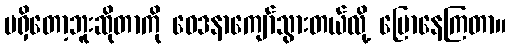
မရှိတော့ဘူးဆိုတာကို ဝေဒနာကျော်သွားတယ်လို့ ပြောနေကြတာ။